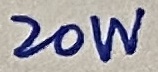
Text: 20W